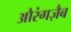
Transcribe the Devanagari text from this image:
औरंगज़ैब